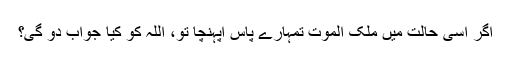
اگر اسی حالت میں ملک الموت تمہارے پاس آپہنچا تو، اللّٰہ کو کیا جواب دو گی؟